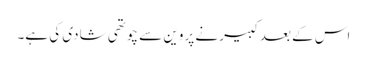
اس کے بعد کبیر نے پروین سے چوتھی شادی کی ہے۔